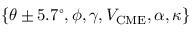
\{ \theta \pm 5 . 7 ^ { \circ } , \phi , \gamma , V _ { \mathrm { C M E } } , \alpha , \kappa \}